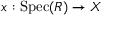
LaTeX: x : { \mathrm { S p e c } } ( R ) \to X